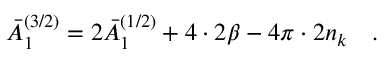
\bar { A } _ { 1 } ^ { ( 3 / 2 ) } = 2 \bar { A } _ { 1 } ^ { ( 1 / 2 ) } + 4 \cdot 2 \beta - 4 \pi \cdot 2 n _ { k } ~ ~ ~ .